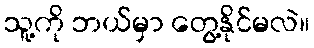
သူ့ကို ဘယ်မှာ တွေ့နိုင်မလဲ။